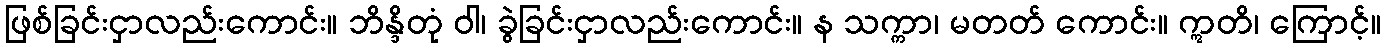
ဖြစ်ခြင်းငှာလည်းကောင်း။ ဘိန္ဒိတုံ ဝါ၊ ခွဲခြင်းငှာလည်းကောင်း။ န သက္ကာ၊ မတတ် ကောင်း။ ဣတိ၊ ကြောင့်။